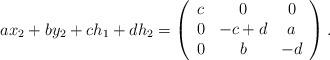
LaTeX: \begin{align*}ax_2+ by_2+ ch_1+dh_2= \left(\begin{array}{ccc}c & 0 & 0 \\ 0 & -c+d & a \\ 0& b & -d \end{array}\right).\end{align*}